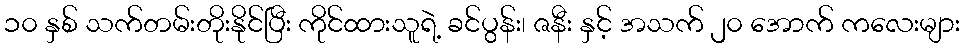
၁၀ နှစ် သက်တမ်းတိုးနိုင်ပြီး ကိုင်ထားသူရဲ့ ခင်ပွန်း၊ ဇနီး နှင့် အသက် ၂၀ အောက် ကလေးများ